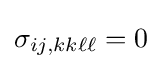
\sigma _{ij,kk\ell \ell }=0